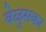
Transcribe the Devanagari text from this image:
वेळुसकर